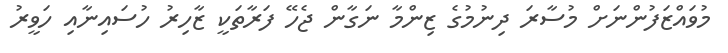
މުވައްޒަފުންނަށް މުސާރަ ދިނުމުގެ ޒިންމާ ނަގާން ޖެހޭ ފަރާތަކީ ޒާހިރު ހުސައިނާއި ހަވީރު